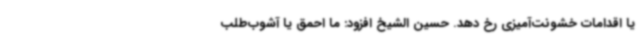
یا اقدامات خشونت‌آمیزی رخ دهد. حسین الشیخ افزود: ما احمق یا آشوب‌طلب